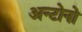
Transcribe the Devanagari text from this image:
अन्टोनो